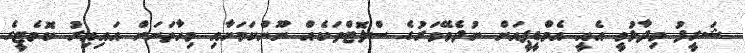
ޝަރީފު ވިދާޅުވީ އެއީ އެމްޑީޕީއަށް ނުދެވޭވަރުގެ ސްލޮޓްތަކެއް ނޫންކަމަށާއި މިހާތަނަށް އައިއިރު ކޮމެޓީގެ